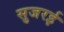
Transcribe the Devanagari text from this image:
सुजरई